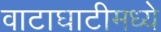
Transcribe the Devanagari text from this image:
वाटाघाटीमध्ये